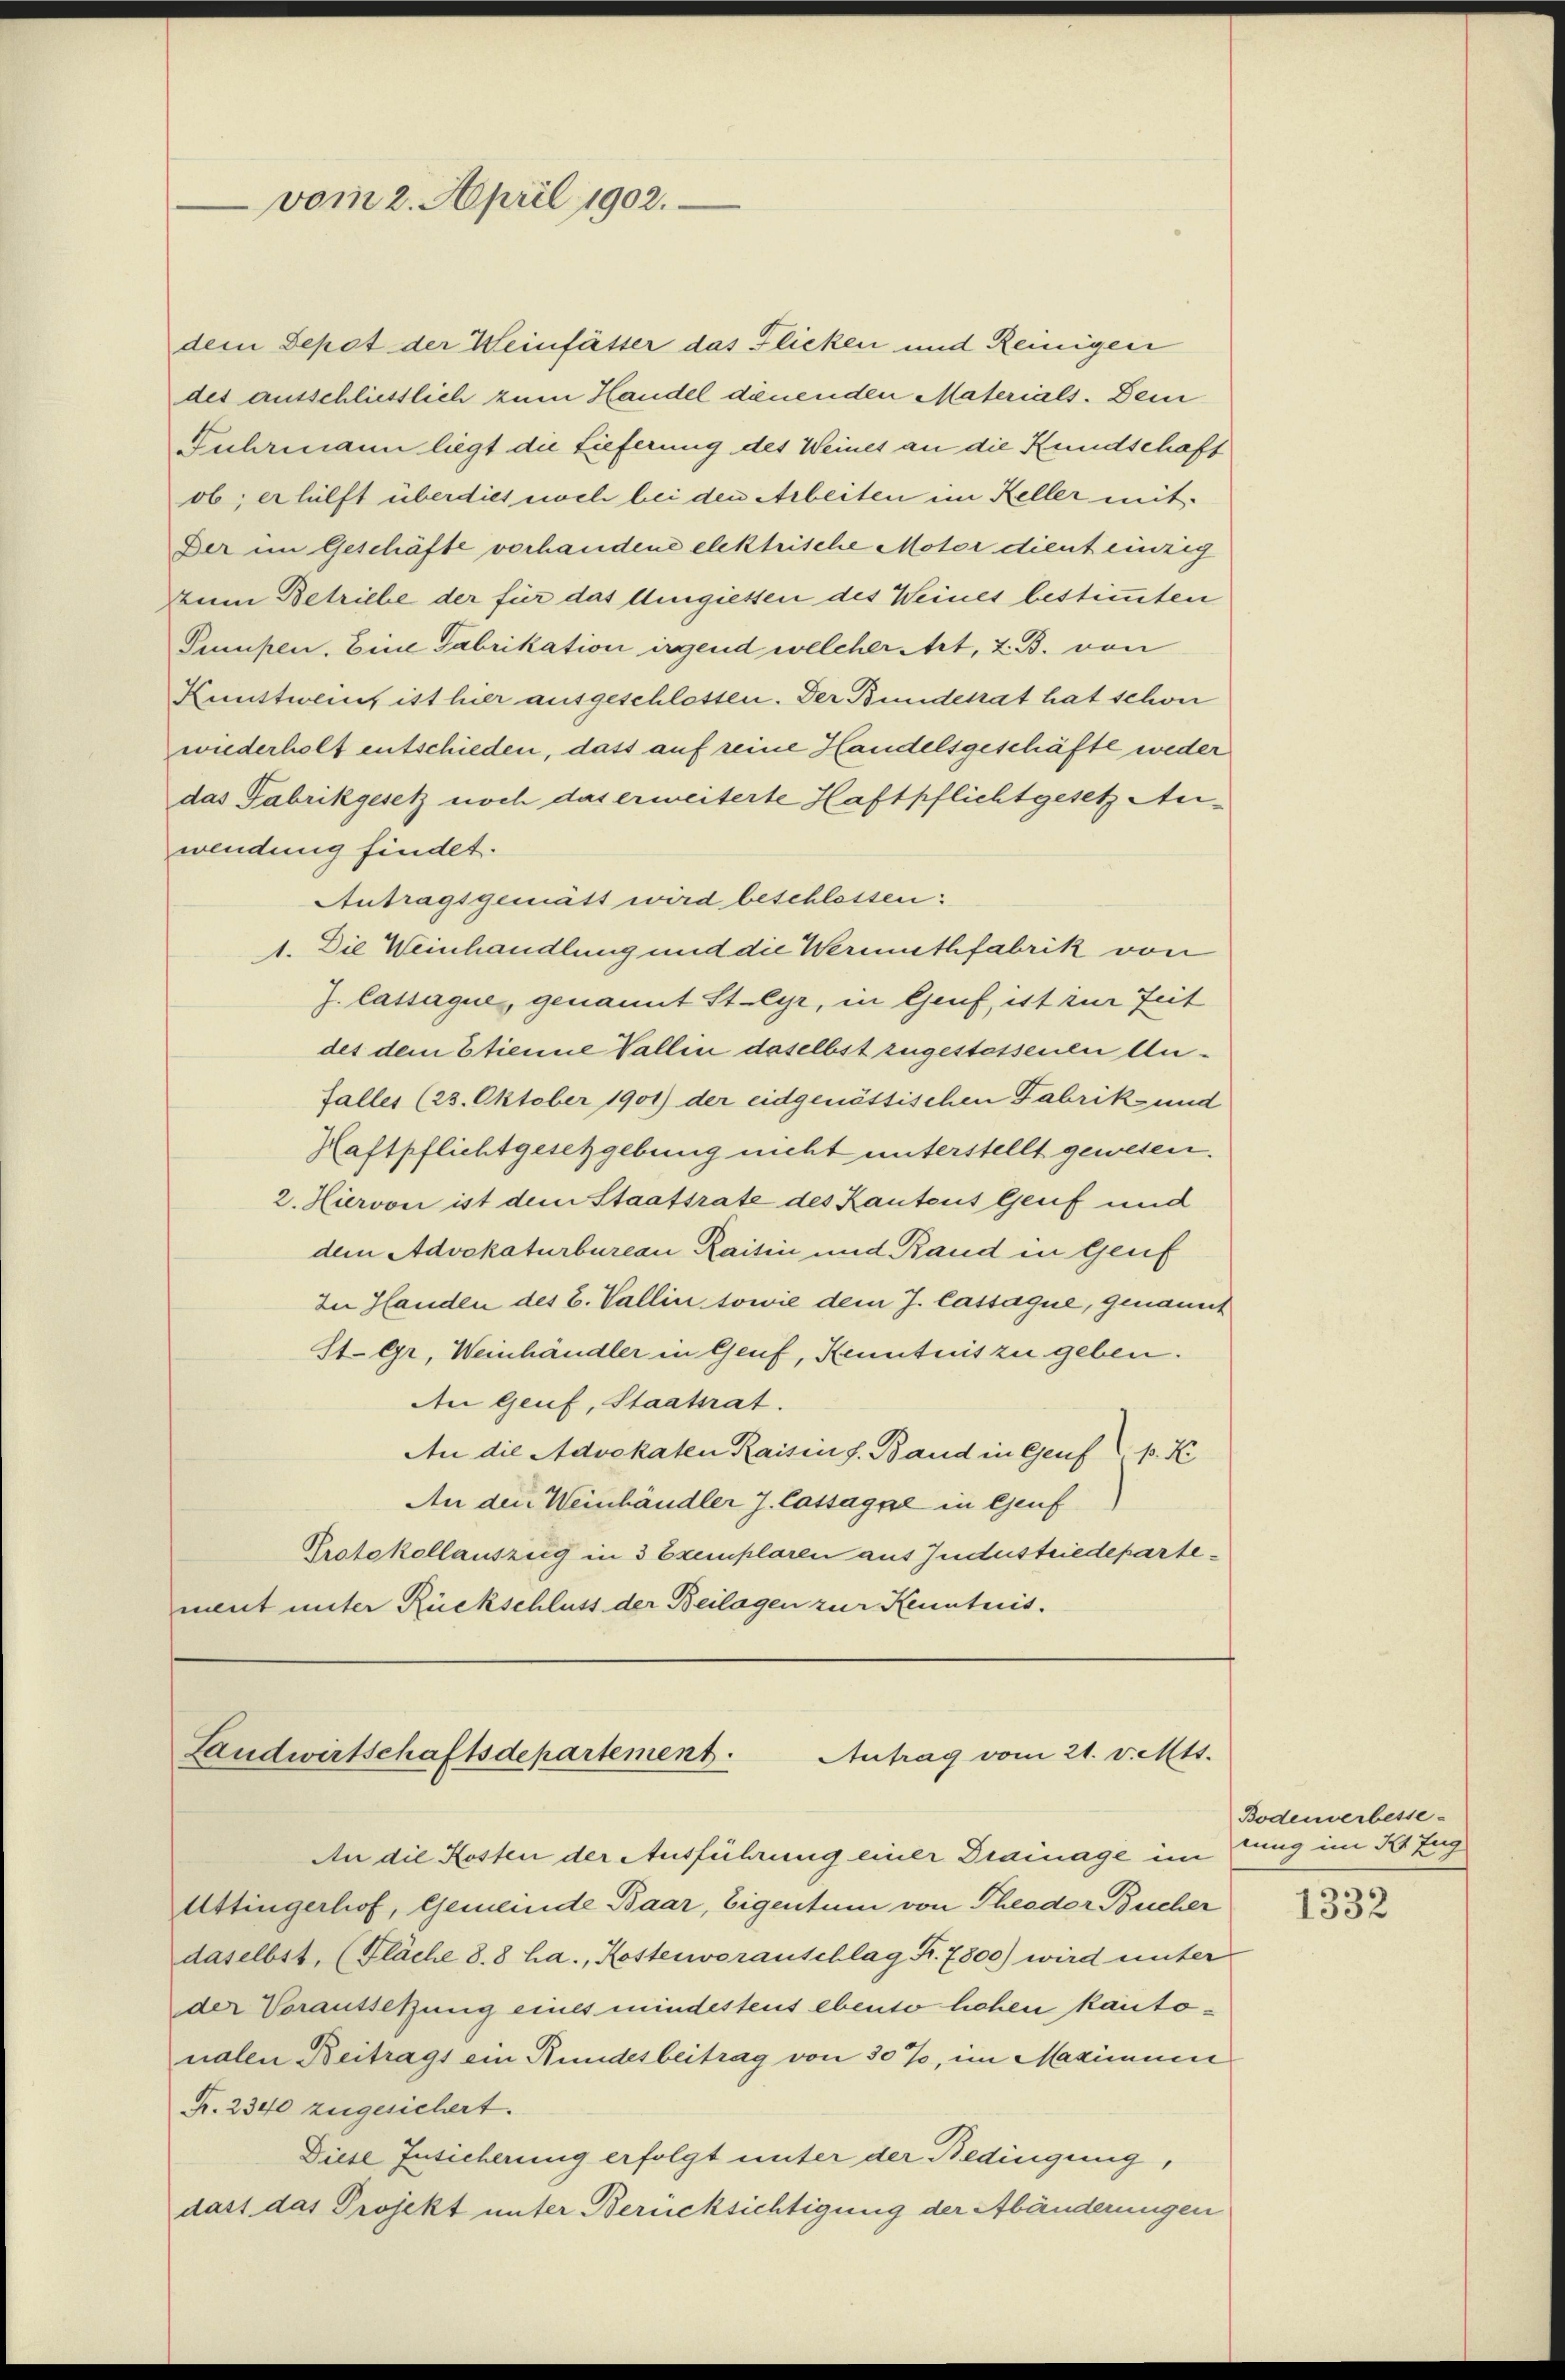
dem Depot der Weinfässer das Flicken und Reinigen
des ausschliesslich zum Handel denenden Materials. Dem
Fuhrmann liegt die Lieferung des Weines an die Kundschaft
ob; er hilft überdies noch bei den Arbeiten im Keller mit¬
Der im Geschäfte vorhandene elektrische Motor dient einzig
tum Betriebe der für das Umgiessen des Weines bestimmten
Peupen. Eine Fabrikation irgend welcher Art, z. B. von
Kunstweint ist hier ausgeschlossen. Der Bundesrat hat schon
wiederholt entschieden, dass auf reine Handelsgeschäfte weder
das Fabrikgesetz noch das erweiterte Haftpflichtgesetz Auwendung findet.
Antragsgemätt wird beschlossen:
1. Die Weinhandlung und die Wermuthfabrik von
J. Cassague, genannt Steyr, in Genf, ist zu Zeit
des dem Etienne Wallen daselbst zugestessenen An¬
Faller (23. Oktober 1901) der eidgenössischen Fabrik- und
Haftpflichtgesetzgebung nicht unterstellt gewesen.
2. Hiervon ist dem Staatsrate des Kantons Genf und
dem Advokaturbureau Raisin und Band in Genf
In Handen des B. Vallin sowie dem J. Cassague, genannt
St. Gr. Weinhändler in Genf, Kenntnis zu geben.
An Genf, Staatsrat.
An die Advokaten Raising. Band in Genf (p. K
An den Weinhändler J. Cassage in Genf
Protokollauszieg in 3 Exemplaren aus Jndustriedepartement unter Rückschluss der Beilagen zur Kenntnis.

vom 2. April 1902.

Landwirtschaftsdepartement.
Antrag vom 21. v. Mtt.

An die Kosten der Ausführung einer Drainage im fung im Kt Eug
Attingerhof, Gemeinde Baar, Eigentum von Theodor Bucher
daselbst, (Fläche 8.8 ha., Kostenworanschlag Fr. 7800) wird unter
der Voraussetzung eines mindesteus ebenso hohen kantonalen Beitrags ein Bundesbeitrag von 30%, im Maximum
Fr. 2340 zugesichert.
Diese Insicherung erfolgt unter der Bedingung,
dass das Projekt unter Berücksichtigung der Abänderungen

Bodenverbesse-

1332